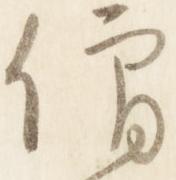
僧